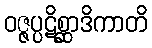
ဝဇ္ဇပ္ပဋိစ္ဆာဒိကာတိ